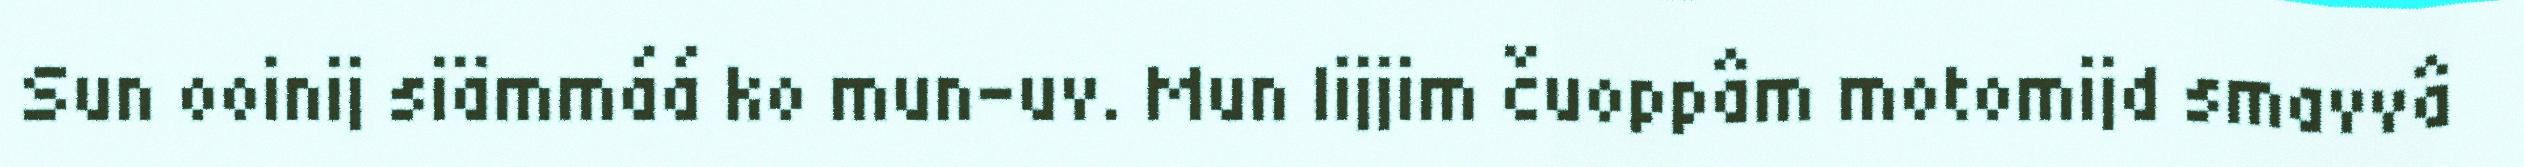
Sun ooinij siämmáá ko mun-uv. Mun lijjim čuoppâm motomijd smavvâ